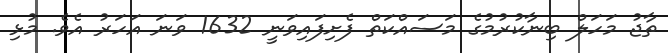
ތާޖު މަހަލް ބިނާކުރުމުގެ މަސައްކަތް ފެށިފައިވަނީ 1632 ވަނަ އަހަރު އެވެ. މުޅި